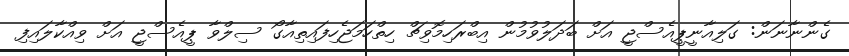
ގެންނާނަން: ގަލިއާނީޕީއެސްޖީ އަށް ބަދަލުވުމުން އިބްރަހިމޮވިޗް ހިތްހަމަޖެހިފައިތިއާގޯ ސިލްވާ ޕީއެސްޖީ އަށް ވިއްކާލައިފި